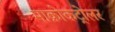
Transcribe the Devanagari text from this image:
माक्रोकंट्रोलर